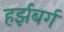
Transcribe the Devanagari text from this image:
हर्झबर्ग